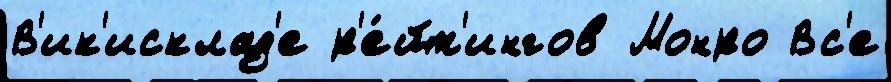
В'ик'исклад'е р'е́йт'ингов Монро Вс'е